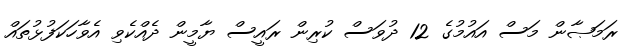
ރަމަޞާން މަސް އައުމުގެ 12 ދުވަސް ކުރިން ރައީސް ޔާމީން ދެއްކެވި އެވާހަކަފުޅުތައް